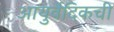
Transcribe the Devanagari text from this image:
आयुर्वेदिकची